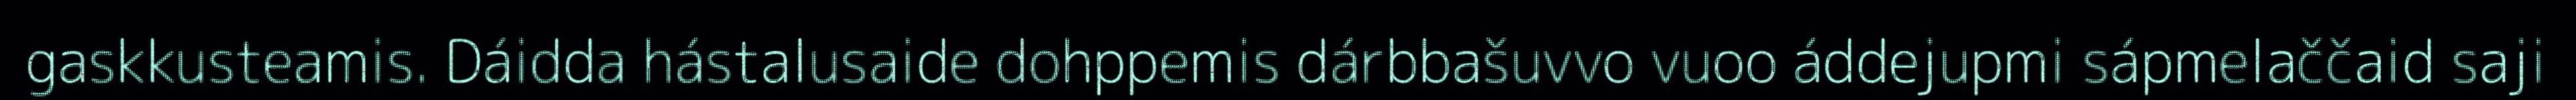
gaskkusteamis. Dáidda hástalusaide dohppemis dárbbašuvvo vuoo áddejupmi sápmelaččaid saji